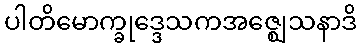
ပါတိမောက္ခုဒ္ဒေသကအဇ္ဈေသနာဒိ